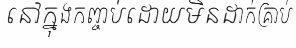
នៅក្នុងកញ្ចប់ដោយមិនដាក់គ្រាប់